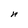
Character: n